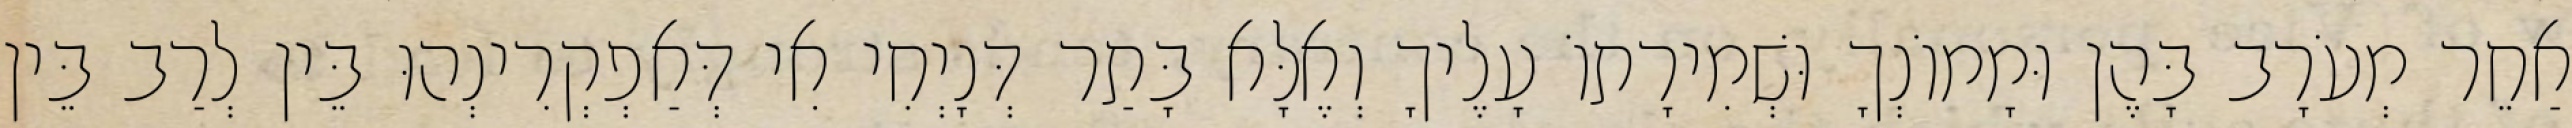
אַחֵר מְעֹרָב בָּהֶן וּמָמוֹנְךָ וּשְׁמִירָתוֹ עָלֶיךָ וְאֶלָּא בָּתַר דְּנָיְחִי אִי דְּאַפְקְרִינְהוּ בֵּין לְרַב בֵּין